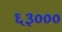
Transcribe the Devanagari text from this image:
६३०००